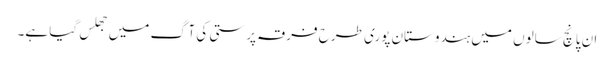
ان پانچ سالوں میں ہندوستان پوری طرح فرقہ پرستی کی آگ میں جھلس گیا ہے۔